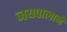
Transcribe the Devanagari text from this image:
जयपालाने